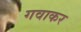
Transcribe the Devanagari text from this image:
गवाकर